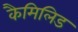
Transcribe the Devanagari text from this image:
कैमिलिड